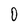
Character: 0